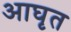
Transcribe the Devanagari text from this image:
आघृत